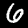
Label: 6